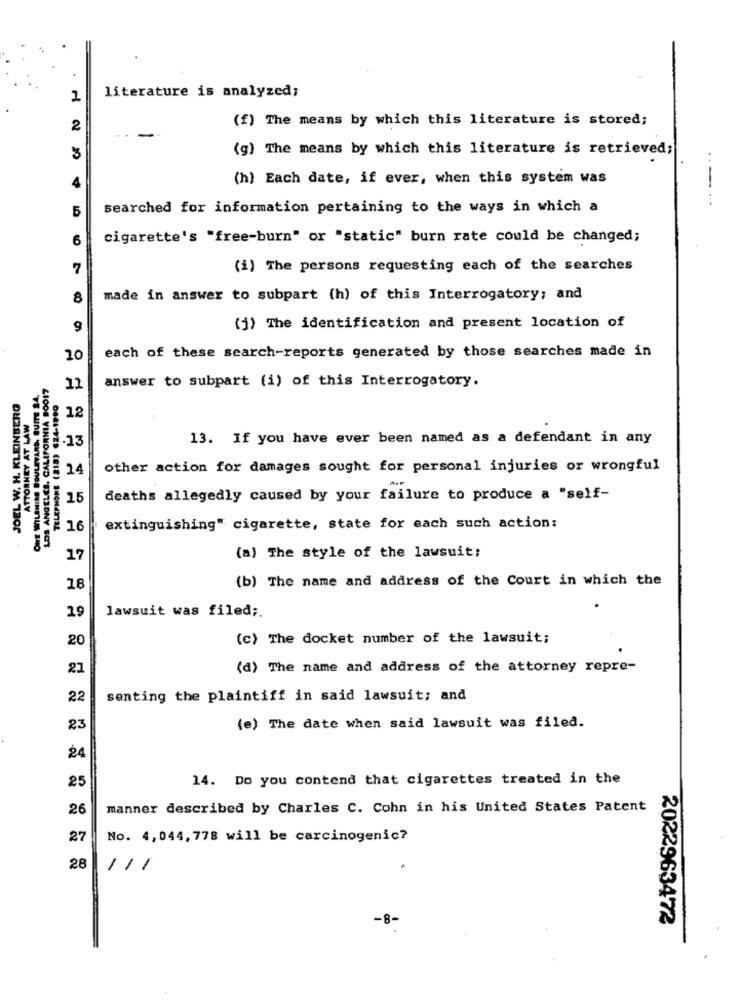
literature is analyzed;
1
(f) The means by which this literature is stored;
2
(g) The means by which this literature is retrieved;
3
(h) Each date, if ever, when this system was
--
5
searched for information pertaining to the ways in which a
6
cigarette's "free-burn" or "static" burn rate could be changed;
7
(i) The persons requesting each of the searches
8
made in answer to subpart (h) of this Interrogatory; and
(j) The identification and present location of
10
each of these search-reports generated by those searches made in
LOS ANGELES, CALIFORNIA 80017
answer to subpart (i) of this Interrogatory.
ATTORNEY AT LAW
11
JOEL W. H. KLEINBERG
12
.13
13. If you have ever been named as a defendant in any
. 14
other action for damages sought for personal injuries or wrongful
-
15
deaths allegedly caused by your failure to produce a "self-
16
extinguishing" cigarette, state for each such action:
17
(a) The style of the lawsuit;
(b) The name and address of the Court in which the
18
19
lawsuit was filed ;.
20
(c) The docket number of the lawsuit;
21
(d) The name and address of the attorney repre-
22
senting the plaintiff in said lawsuit; and
23
(e) The date when said lawsuit was filed.
24
14. Do you contend that cigarettes treated in the
25
26
manner described by Charles C. Cohn in his United States Patent
27
No. 4,044, 778 will be carcinogenic?
28
111
2022963472